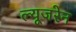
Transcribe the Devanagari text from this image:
ल्यूजरेन